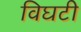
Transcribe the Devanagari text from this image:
विघटी